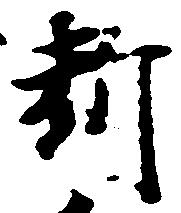
断